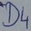
Text: D4